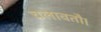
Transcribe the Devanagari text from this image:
चलावतौ।